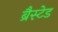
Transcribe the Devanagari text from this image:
ब्रैस्टेड